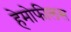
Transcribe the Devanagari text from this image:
हेमोफीलस